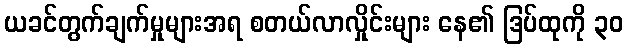
ယခင်တွက်ချက်မှုများအရ စတယ်လာလှိုင်းများ နေ၏ ဒြပ်ထုကို ၃၀